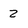
Character: z